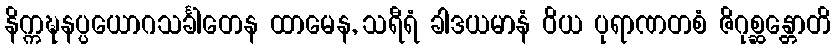
နိက္ကဍ္ဎနပ္ပယောဂသင်္ခါတေန ထာမေန, သရီရံ ခါဒယမာနံ ဝိယ ပုရာဏတစံ ဇိဂုစ္ဆန္တောတိ